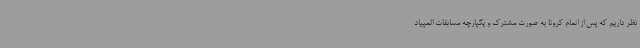
نظر داریم که پس از اتمام کرونا به صورت مشترک و یکپارچه مسابقات المپیاد